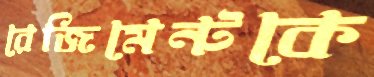
রেজিমেন্টকে